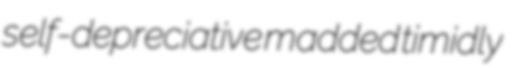
self-depreciative madded timidly